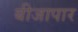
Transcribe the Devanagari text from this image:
बीजापार